Indian Civil Veterinary Department memoirs
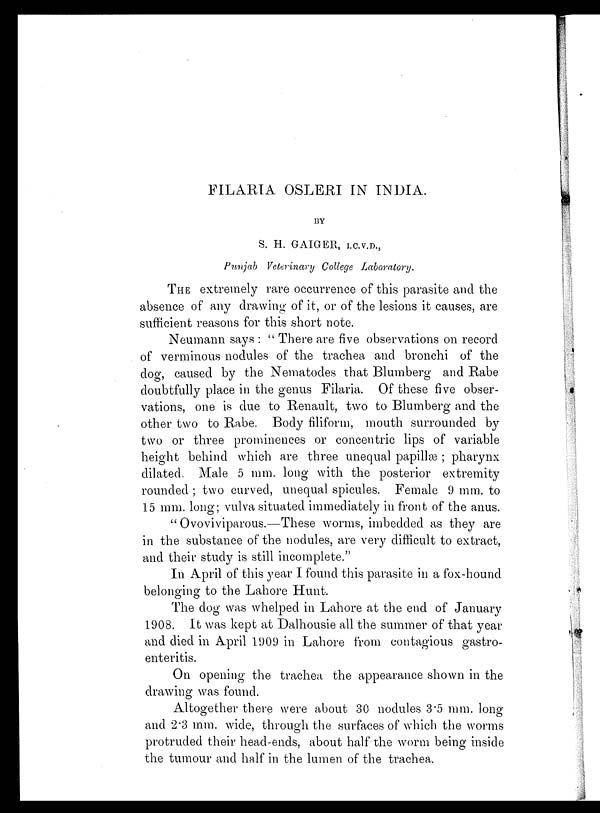
FILARIA OSLERI IN INDIA.
BY
S. H. GAIGER, I.C.V.D.,
Punjab Veterinary College Laboratory.
THE extremely rare occurrence of this parasite and the
absence of any drawing of it, or of the lesions it causes, are
sufficient reasons for this short note.
Neumann says: "There are five observations on record
of verminous nodules of the trachea and bronchi of the
dog, caused by the Nematodes that Blumberg and Rabe
doubtfully place in the genus Filaria. Of these five obser-
vations, one is due to Renault, two to Blumberg and the
other two to Rabe. Body filiform, mouth surrounded by
two or three prominences or concentric lips of variable
height behind which are three unequal papillæ; pharynx
dilated Male 5 mm. long with the posterior extremity
rounded; two curved, unequal spicules. Female 9 mm. to
15 mm. long; vulva situated immediately in front of the anus.
"Ovoviviparous.—These worms, imbedded as they are
in the substance of the nodules, are very difficult to extract,
and their study is still incomplete."
In April of this year I found this parasite in a fox-hound
belonging to the Lahore Hunt.
The dog was whelped in Lahore at the end of January
1908. It was kept at Dalhousie all the summer of that year
and died in April 1909 in Lahore from contagious gastro-
enteritis.
On opening the trachea the appearance shown in the
drawing was found.
Altogether there were about 30 nodules 3.5 mm. long
and 2.3 mm. wide, through the surfaces of which the worms
protruded their head-ends, about half the worm being inside
the tumour and half in the lumen of the trachea.